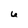
Character: 6